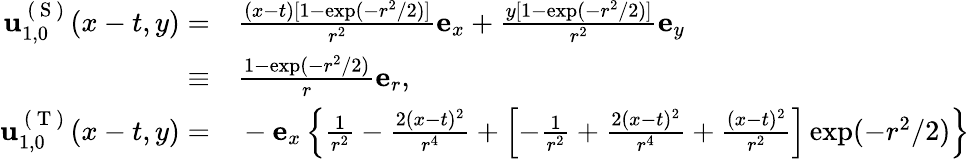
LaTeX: \begin{array}{rl}{\mathbf{u}_{1,0}^{\mathrm{~(~S~)~}}(x-t,y)=}&{{}\frac{(x-t)[1-\exp(-r^{2}/2)]}{r^{2}}\mathbf{e}_{x}+\frac{y[1-\exp(-r^{2}/2)]}{r^{2}}\mathbf{e}_{y}}\\ {\equiv}&{{}\frac{1-\exp(-r^{2}/2)}{r}\mathbf{e}_{r},}\\ {\mathbf{u}_{1,0}^{\mathrm{~(~T~)~}}(x-t,y)=}&{{}-\mathbf{e}_{x}\left\{ \frac{1}{r^{2}}-\frac{2(x-t)^{2}}{r^{4}}+\left[-\frac{1}{r^{2}}+\frac{2(x-t)^{2}}{r^{4}}+\frac{(x-t)^{2}}{r^{2}}\right]\exp(-r^{2}/2)\right\} }\end{array}